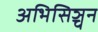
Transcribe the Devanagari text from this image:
अभिसिञ्चन